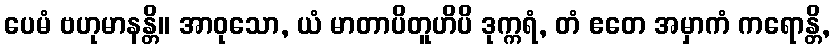
ပေမံ ဗဟုမာနန္တိ။ အာဝုသော, ယံ မာတာပိတူဟိပိ ဒုက္ကရံ, တံ ဧတေ အမှာကံ ကရောန္တိ,